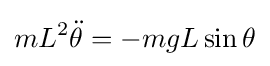
mL^{2}{\ddot {\theta }}=-mgL\sin \theta